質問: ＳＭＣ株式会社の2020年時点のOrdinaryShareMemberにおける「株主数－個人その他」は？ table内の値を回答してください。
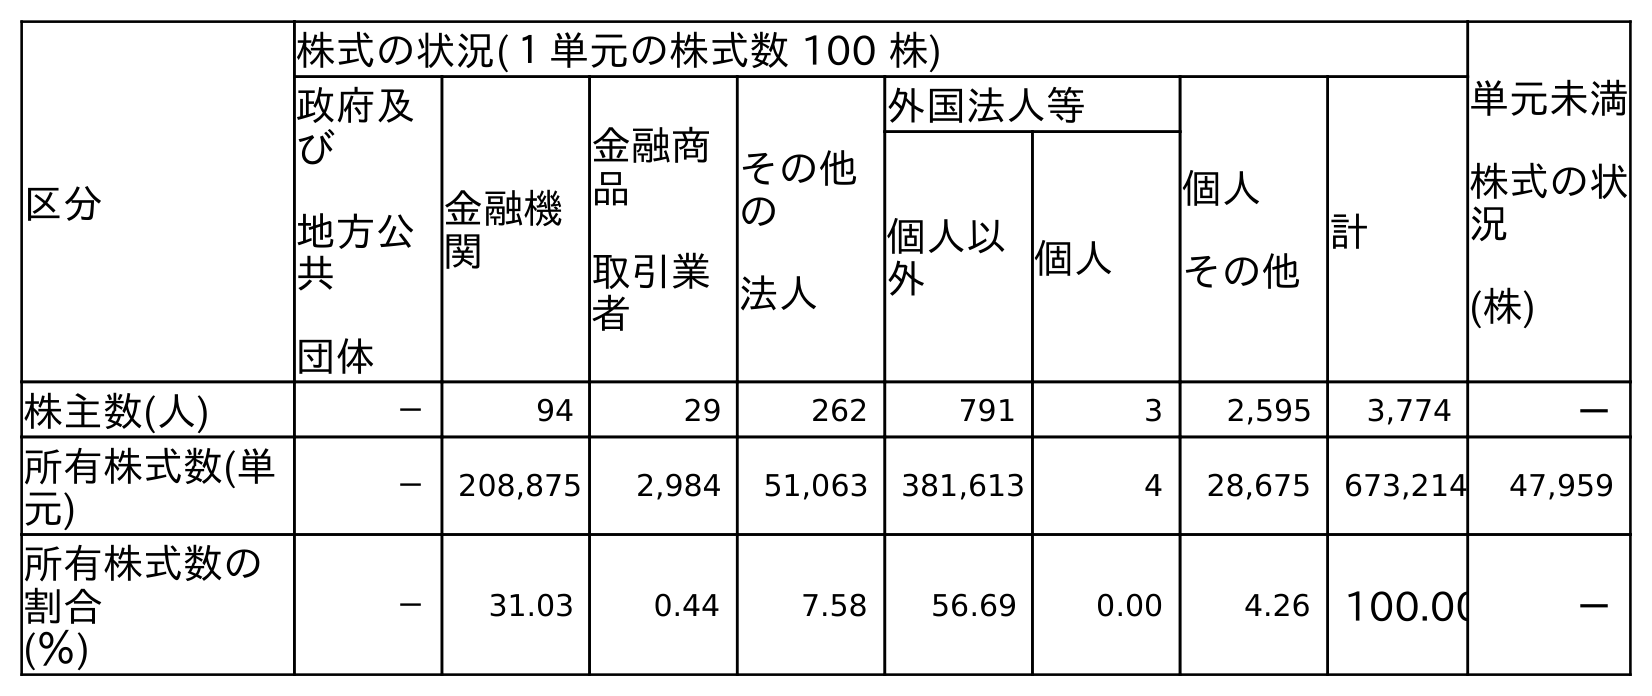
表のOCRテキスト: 区分 株式の状況(１単元の株式数 100 株) 単元未満 株式の状 況 (株) 政府及 び 地方公 共 団体 金融機 関 金融商 品 取引業 者 その他 の 法人 外国法人等 個人 その他 計 個人以 外 個人 株主数(人) － 94 29 262 791 3 2,595 3,774 － 所有株式数(単 元) － 208,875 2,984 51,063 381,613 4 28,675 673,214 47,959 所有株式数の 割合 (％) － 31.03 0.44 7.58 56.69 0.00 4.26 100.00 －
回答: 2,595